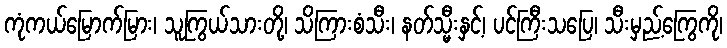
ကုံကယ်မြောက်မြား၊ သူကြွယ်သားတို့၊ သိကြားစံသီး၊ နတ်သ္မီးနှင့်၊ ပင်ကြီးသပြေ၊ သီးမှည့်ကြွေကို၊